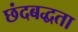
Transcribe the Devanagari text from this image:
छंदबद्धता